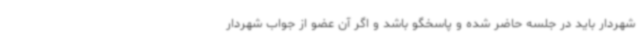
شهردار باید در جلسه حاضر شده و پاسخگو باشد و اگر آن عضو از جواب شهردار